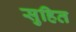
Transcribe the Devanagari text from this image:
सुहित